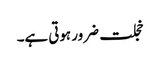
خجلت ضرور ہوتی ہے۔